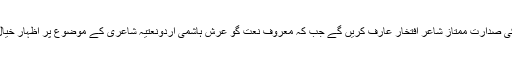
مشاعرے کی صدارت ممتاز شاعر افتخار عارف کریں گے جب کہ معروف نعت گو عرش ہاشمی اردونعتیہ شاعری کے موضوع پر اظہار خیال کریںگے۔